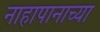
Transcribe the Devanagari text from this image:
नाहापानाच्या